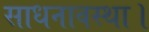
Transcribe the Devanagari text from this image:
साधनावस्था।